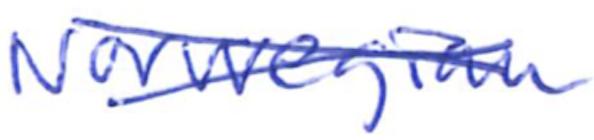
Text: Norwegian
Cross-out: cross
Writing tool: ballpoint